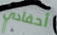
أحفادي